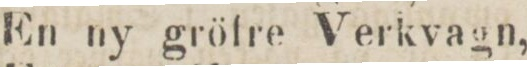
En ny gröfre Verkvagn,